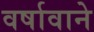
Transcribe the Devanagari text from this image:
वर्षावाने